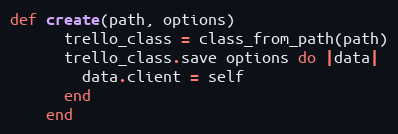
Language: Ruby
def create(path, options)
      trello_class = class_from_path(path)
      trello_class.save options do |data|
        data.client = self
      end
    end